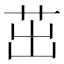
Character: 茁